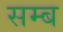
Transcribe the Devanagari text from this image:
सम्ब